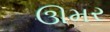
ઊમર